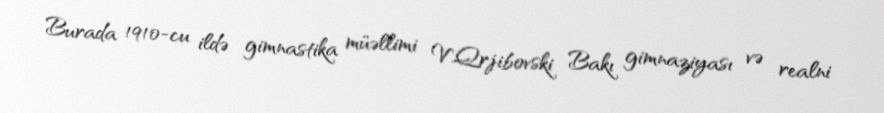
Burada 1910-cu ildə gimnastika müəllimi V.Qrjibovski Bakı gimnaziyası və realni